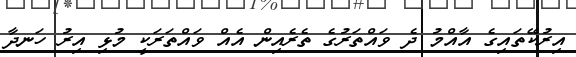
އިރުކޭތައިގެ އާއްމު ދެ ވައްތަރުގެ ތެރެއިން އެއް ވައްތަރަކީ މުޅި އިރު ހަނދާ